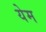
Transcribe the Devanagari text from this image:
येम